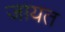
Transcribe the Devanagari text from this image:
जायत